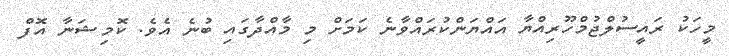
މީހަކު ރައީސުލްޖުމްހޫރިއްޔާ އައްޔަންކުރައްވާނެ ކަމަށް މި މާއްދާގައި ބުނެ އެވެ. ކޮމިޝަނާ އޮފް